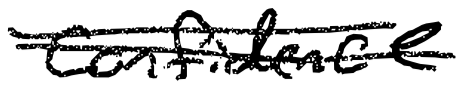
Text: confidence
Cross-out: mix
Writing tool: digital_black